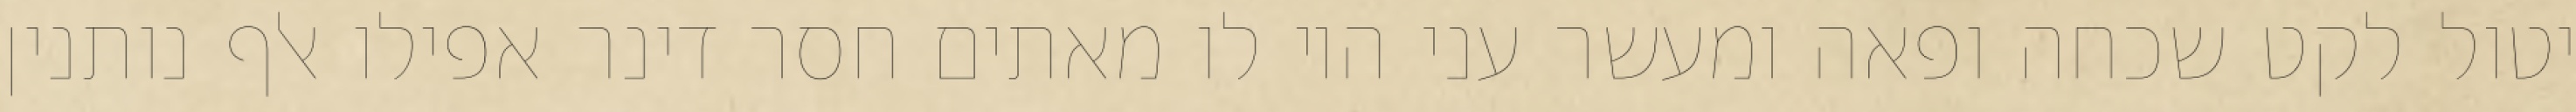
יטול לקט שכחה ופאה ומעשר עני היו לו מאתים חסר דינר אפילו אלף נותנין